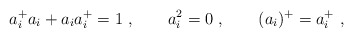
\begin{align*}a^{+}_i a_i + a_i a^{+}_i=1 \ , \qquad a_i^{2}=0 \ ,\qquad(a_i)^{+}=a^{+}_i \ ,\end{align*}